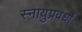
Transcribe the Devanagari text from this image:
स्नायुप्रवर्धों